Report of the Indian Hemp Drugs Commission, 1894-1895 - Volume I
Year: 1894
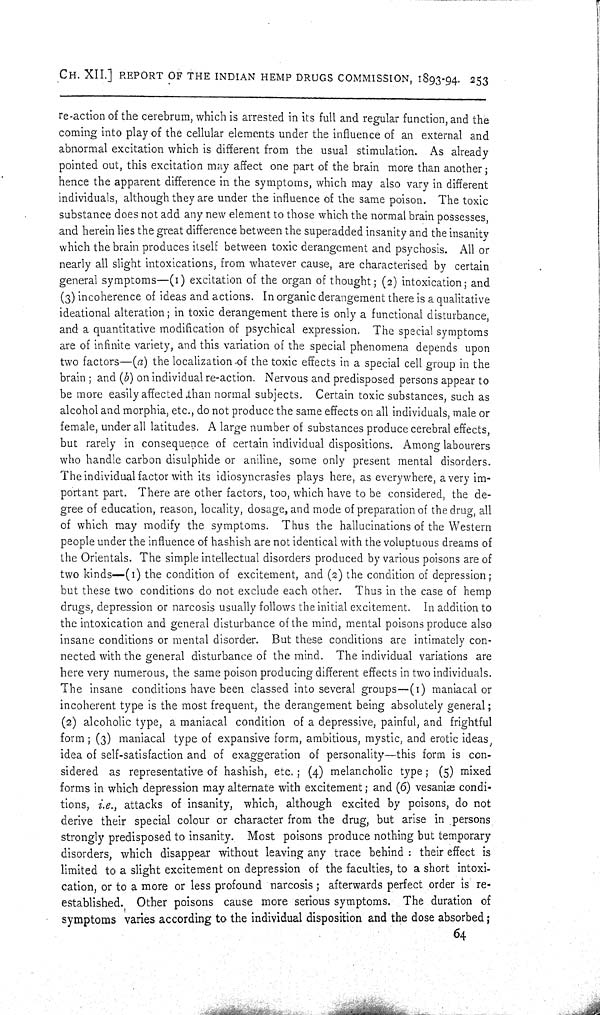
CH. XII.] REPORT OF THE INDIAN HEMP DRUGS COMMISSION, 1893-94. 253
re-action of the cerebrum, which is arrested in its full and regular function, and the
coming into play of the cellular elements under the influence of an external and
abnormal excitation which is different from the usual stimulation. As already
pointed out, this excitation may affect one part of the brain more than another;
hence the apparent difference in the symptoms, which may also vary in different
individuals, although they are under the influence of the same poison. The toxic
substance does not add any new element to those which the normal brain possesses,
and herein lies the great difference between the superadded insanity and the insanity
which the brain produces itself between toxic derangement and psychosis. All or
nearly all slight intoxications, from whatever cause, are characterised by certain
general symptoms—(1) excitation of the organ of thought; (2) intoxication; and
(3) incoherence of ideas and actions. In organic derangement there is a qualitative
ideational alteration; in toxic derangement there is only a functional disturbance,
and a quantitative modification of psychical expression. The special symptoms
are of infinite variety, and this variation of the special phenomena depends upon
two factors—(a) the localization of the toxic effects in a special cell group in the
brain; and (b) on individual re-action. Nervous and predisposed persons appear to
be more easily affected than normal subjects. Certain toxic substances, such as
alcohol and morphia, etc., do not produce the same effects on all individuals, male or
female, under all latitudes. A large number of substances produce cerebral effects,
but rarely in consequence of certain individual dispositions. Among labourers
who handle carbon disulphide or aniline, some only present mental disorders.
The individual factor with its idiosyncrasies plays here, as everywhere, a very im-
portant part. There are other factors, too, which have to be considered, the de-
gree of education, reason, locality, dosage, and mode of preparation of the drug, all
of which may modify the symptoms. Thus the hallucinations of the Western
people under the influence of hashish are not identical with the voluptuous dreams of
the Orientals. The simple intellectual disorders produced by various poisons are of
two kinds—(1) the condition of excitement, and (2) the condition of depression;
but these two conditions do not exclude each other. Thus in the case of hemp
drugs, depression or narcosis usually follows the initial excitement. In addition to
the intoxication and general disturbance of the mind, mental poisons produce also
insane conditions or mental disorder. But these conditions are intimately con-
nected with the general disturbance of the mind. The individual variations are
here very numerous, the same poison producing different effects in two individuals.
The insane conditions have been classed into several groups—(1) maniacal or
incoherent type is the most frequent, the derangement being absolutely general;
(2) alcoholic type, a maniacal condition of a depressive, painful, and frightful
form; (3) maniacal type of expansive form, ambitious, mystic, and erotic ideas,
idea of self-satisfaction and of exaggeration of personality—this form is con-
sidered as representative of hashish, etc.; (4) melancholic type; (5) mixed
forms in which depression may alternate with excitement; and (6) vesaniæ condi-
tions, i.e., attacks of insanity, which, although excited by poisons, do not
derive their special colour or character from the drug, but arise in persons
strongly predisposed to insanity. Most poisons produce nothing but temporary
disorders, which disappear without leaving any trace behind: their effect is
limited to a slight excitement on depression of the faculties, to a short intoxi-
cation, or to a more or less profound narcosis; afterwards perfect order is re-
established. Other poisons cause more serious symptoms. The duration of
symptoms varies according to the individual disposition and the dose absorbed;
64